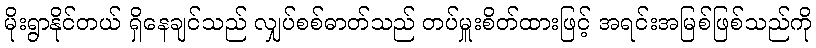
မိုးရွာနိုင်တယ် ရှိနေချင်သည် လျှပ်စစ်ဓာတ်သည် တပ်မှူးစိတ်ထားဖြင့် အရင်းအမြစ်ဖြစ်သည်ကို